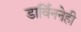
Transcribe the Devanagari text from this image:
डार्विननेही